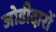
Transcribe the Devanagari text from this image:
जोडीदारों